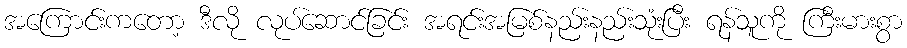
အကြောင်းကတော့ ဒီလို လုပ်ဆောင်ခြင်း အရင်းအမြစ်နည်းနည်းသုံးပြီး ရန်သူကို ကြီးမားစွာ